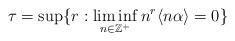
LaTeX: \begin{align*} \tau=\sup\{r: \liminf_{n\in \mathbb{Z}^+ } n^r \langle n\alpha\rangle=0\} \end{align*}